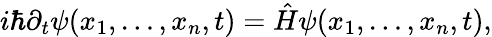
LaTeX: i\hbar\partial_{t}\psi(x_{1},\dots,x_{n},t)=\hat{H}\psi(x_{1},\dots,x_{n},t),